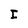
Character: I